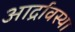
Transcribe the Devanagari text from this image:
आर्द्रावस्था